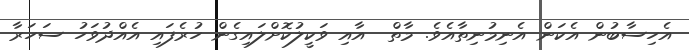
އެހިސާބުން އެކަން އެނިމުނިތާއެވެ. މާތް  އާއި ވަކީލުކޮށްލައިގެން ހުރެފައި އެއްދުވަހު ސަހަރާ